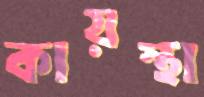
কায়স্থা